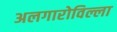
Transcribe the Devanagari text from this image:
अलगारोविल्ला